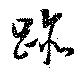
跡